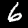
Digit: 6